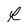
Character: R